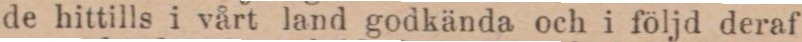
de hittills i vårt land godkända och i följd deraf